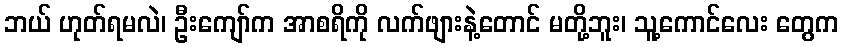
ဘယ် ဟုတ်ရမလဲ၊ ဦးကျော်က အာစရိကို လက်ဖျားနဲ့တောင် မတို့ဘူး၊ သူ့ကောင်လေး တွေက